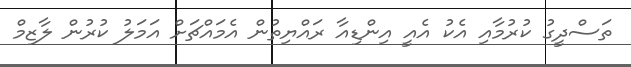
ތަސްދީގު ކުރުމާއި އެކު އެއީ އިންޑިއާ ރައްޔިތުން އެމައްޗަށް އަމަލު ކުރުން ލާޒިމް